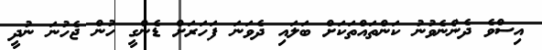
އިސްވެ ދެންނެވުނު ކަންތައްތަކަށް ބަލައި ދެވަނަ ފަހަރަށް ޑެންގީ ހުން ޖެހުނަ ނުދީ